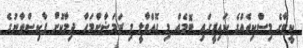
ކީޓާގެ މިސްކިތެއްގެ ކައިރީގައި ބޮމެއް މި ގޮއްވާލީ މި ރަމަޟާންމަހާ ދިމާކޮށް ޕާކިސްތާނުގެ